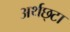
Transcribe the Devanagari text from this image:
अर्थछ्टा